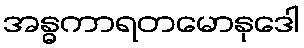
အန္ဓကာရတမောနုဒေါ